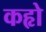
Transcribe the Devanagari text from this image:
कहृो